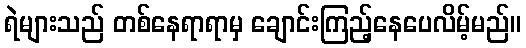
ရဲများသည် တစ်နေရာရာမှ ချောင်းကြည့်နေပေလိမ့်မည်။